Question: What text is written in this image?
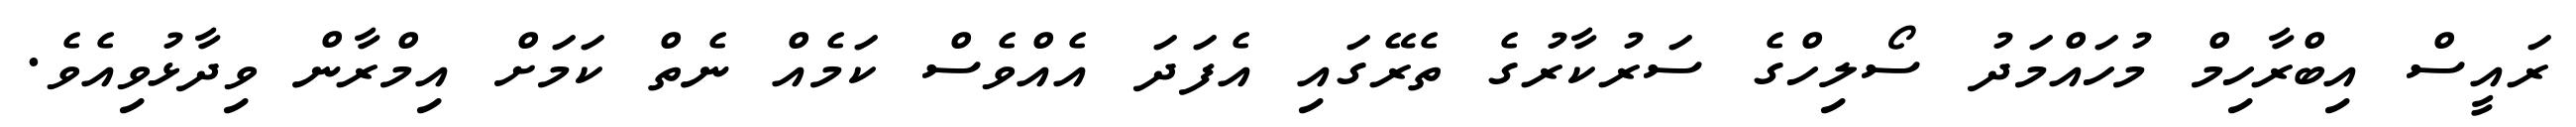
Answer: ރައީސް އިބްރާހިމް މުހައްމަދު ސޯލިހްގެ ސަރުކާރުގެ ތެރޭގައި އެފަދަ އެއްވެސް ކަމެއް ނެތް ކަމަށް އިމްރާން ވިދާޅުވިއެވެ.